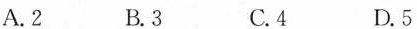
A. 2 B. 3 C. 4 D. 5